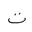
Letter: _ta